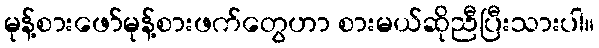
မုန့်စားဖော်မုန့်စားဖက်တွေဟာ စားမယ်ဆိုညီပြီးသားပါ။